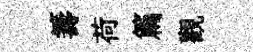
籌荷篇觀